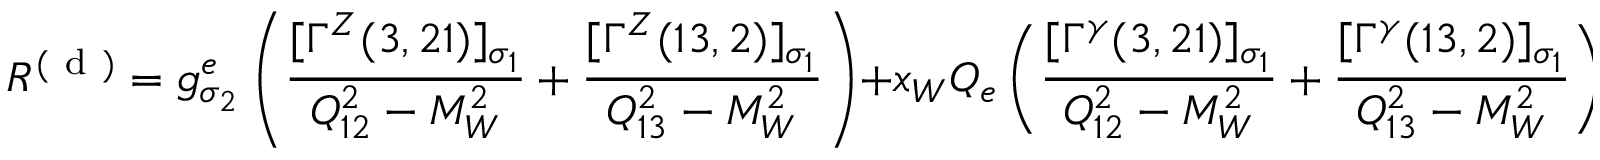
{ \cal R } ^ { ( \mathrm { ~ d ~ } ) } = g _ { \sigma _ { 2 } } ^ { e } \left( \frac { [ \Gamma ^ { Z } ( 3 , 2 1 ) ] _ { \sigma _ { 1 } } } { Q _ { 1 2 } ^ { 2 } - M _ { W } ^ { 2 } } + \frac { [ \Gamma ^ { Z } ( 1 3 , 2 ) ] _ { \sigma _ { 1 } } } { Q _ { 1 3 } ^ { 2 } - M _ { W } ^ { 2 } } \right) + x _ { W } Q _ { e } \left( \frac { [ \Gamma ^ { \gamma } ( 3 , 2 1 ) ] _ { \sigma _ { 1 } } } { Q _ { 1 2 } ^ { 2 } - M _ { W } ^ { 2 } } + \frac { [ \Gamma ^ { \gamma } ( 1 3 , 2 ) ] _ { \sigma _ { 1 } } } { Q _ { 1 3 } ^ { 2 } - M _ { W } ^ { 2 } } \right) \; .